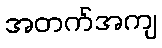
အတက်အကျ